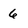
Character: 6